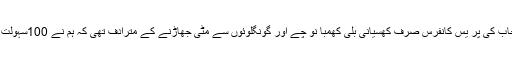
آئی جی پولیس پنجاب کی پر یس کانفرس صرف کھسیانی بلی کھمبا نو چے اور گونگلوئوں سے مٹی جھاڑنے کے مترادف تھی کہ ہم نے 100سہولت کار پکڑ لیے ہیں۔